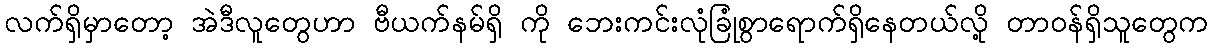
လက်ရှိမှာတော့ အဲဒီလူတွေဟာ ဗီယက်နမ်ရှိ ကို ဘေးကင်းလုံခြုံစွာရောက်ရှိနေတယ်လို့ တာ၀န်ရှိသူတွေက